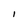
Character: l